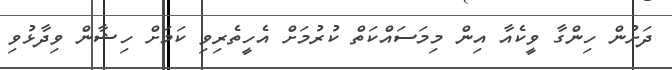
ދަށުން ހިންގާ ވީކެއާ އިން މިމަސައްކަތް ކުރުމަށް އެހީތެރިވި ކަމަށް ހިޝާން ވިދާޅުވި